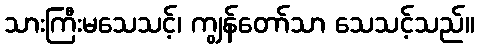
သားကြီးမသေသင့်၊ ကျွန်တော်သာ သေသင့်သည်။